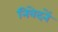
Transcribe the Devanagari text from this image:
निवेदनें